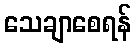
သေချာစေရန်